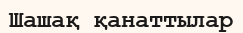
Шашақ қанаттылар